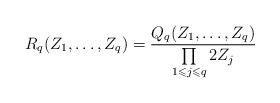
LaTeX: \begin{align*}\displaystyle R_q(Z_1,\ldots,Z_q)=\frac{Q_q(Z_1,\ldots,Z_q)}{\prod\limits_{1\leqslant j\leqslant q}2Z_j}\end{align*}